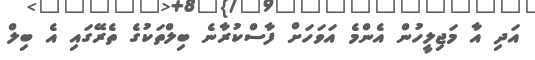
އަދި އާ މަޖިލީހުން އެންމެ އަވަހަށް ފާސްކުރާނެ ބިލްތަކުގެ ތެރޭގައި އެ ބިލް